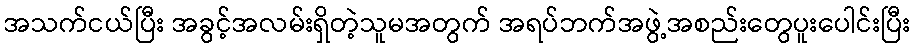
အသက်ငယ်ပြီး အခွင့်အလမ်းရှိတဲ့သူမအတွက် အရပ်ဘက်အဖွဲ့အစည်းတွေပူးပေါင်းပြီး